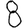
Digit: 8